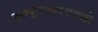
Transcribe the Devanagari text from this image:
कुक्कुटपालनाचाही